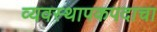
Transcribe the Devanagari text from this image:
व्यवस्थापकपदाचा